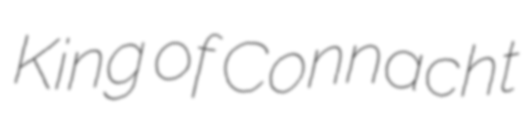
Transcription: King of Connacht